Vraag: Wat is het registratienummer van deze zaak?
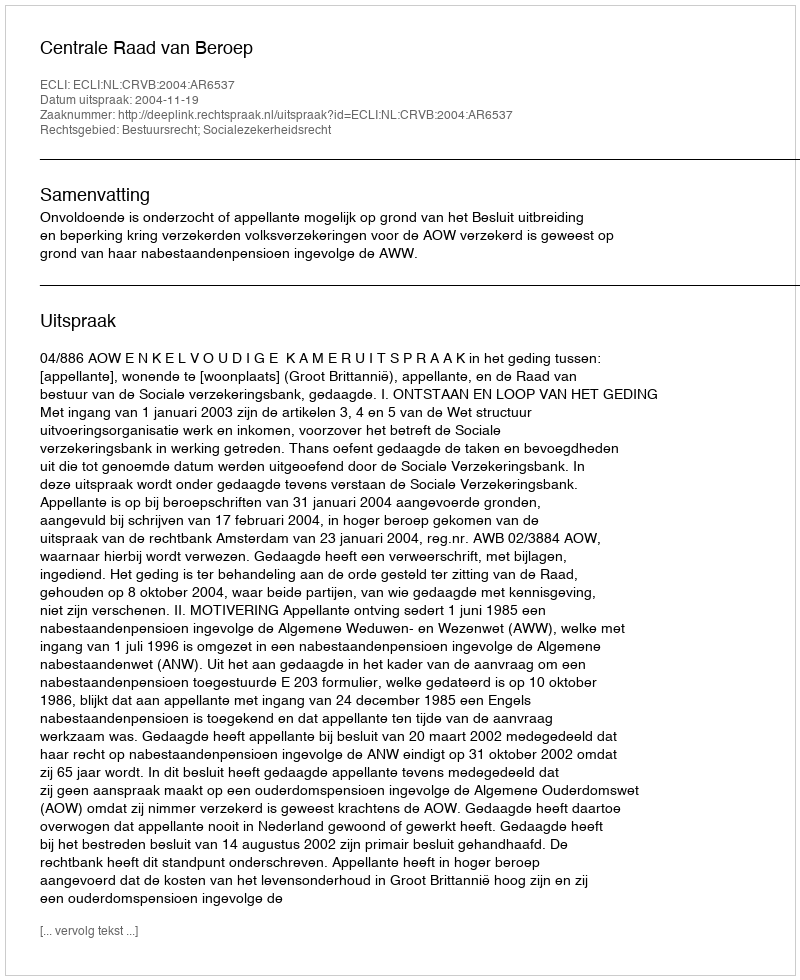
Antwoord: http://deeplink.rechtspraak.nl/uitspraak?id=ECLI:NL:CRVB:2004:AR6537